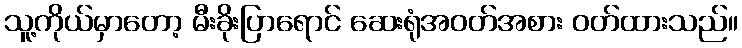
သူ့ကိုယ်မှာတော့ မီးခိုးပြာရောင် ဆေးရုံအဝတ်အစား ဝတ်ထားသည်။